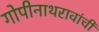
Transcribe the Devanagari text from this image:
गोपीनाथरावांची